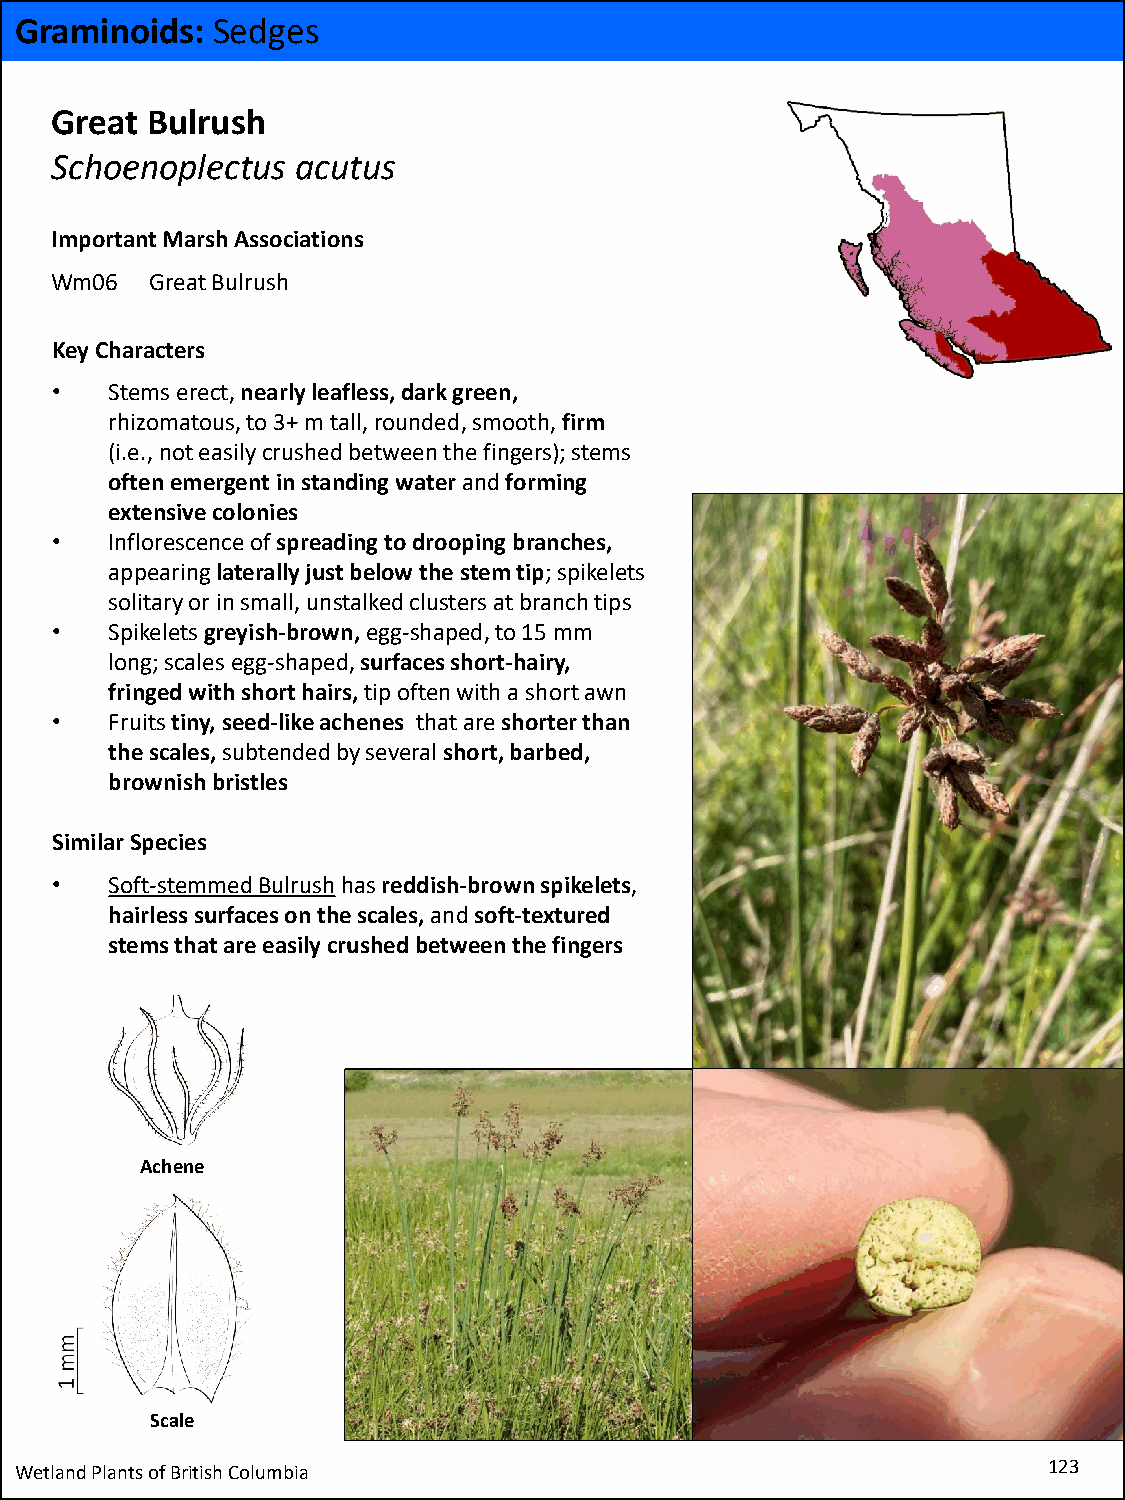
Graminoids:  Sedges
 Great  Bulrush
 Schoenoplectus   acutus
 Important Marsh Associations
 Wm06   Great Bulrush
 Key Characters
 •   Stems erect, nearly leafless, dark green,
 rhizomatous, to 3+ m tall, rounded, smooth, firm
 (i.e., not easily crushed between the fingers); stems
 often emergent in standing water andforming
 extensive colonies
 •   Inflorescence of spreading to drooping branches,
 appearing laterally just below the stem tip; spikelets
 solitary or in small, unstalkedclusters at branch tips
 •   Spikeletsgreyish-brown,egg-shaped, to 15 mm
 long; scales egg-shaped, surfaces short-hairy,
 fringed with short hairs,tip often with a short awn
 •   Fruits tiny, seed-like achenes that are shorter than
 the scales,subtended by several short, barbed,
 brownish bristles
 Similar Species
 •   Soft-stemmed Bulrushhas reddish-brown spikelets,
 hairless surfaces on the scales, and soft-textured
 stems that are easily crushed between the fingers
 Achene
 Scale
 Wetland Plants of British Columbia                                  123